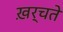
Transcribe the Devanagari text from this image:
ख़र्चते